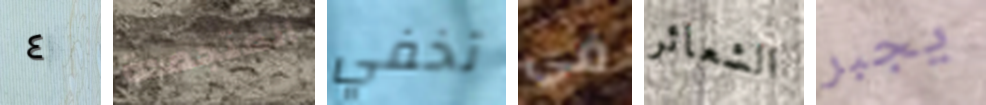
٤ المتجمدة تخفي في الشعائر يجبر